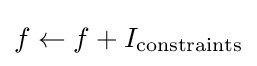
f\leftarrow f+I_{\mathrm {constraints} }